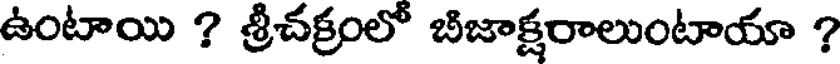
ఉంటాయి ? శ్రీచక్రంలో బిజాక్షరాలుంటాయా ?